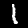
Digit: 1